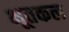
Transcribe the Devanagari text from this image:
भूतकल